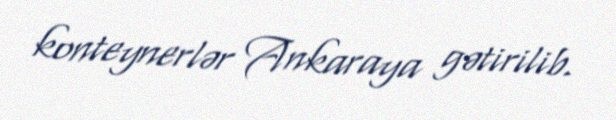
konteynerlər Ankaraya gətirilib.